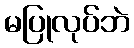
မပြုလုပ်ဘဲ